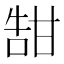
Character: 𪽀